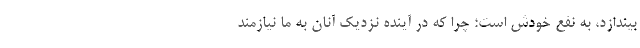
بیندازد، به نفع خودش است؛ چرا که در آینده نزدیک آنان به ما نیازمند